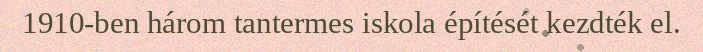
1910-ben három tantermes iskola építését kezdték el.